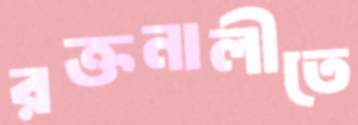
রক্তনালীতে